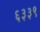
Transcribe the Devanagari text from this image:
६३३९